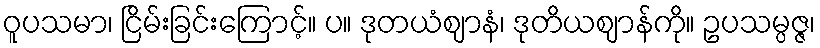
ဝူပသမာ၊ ငြိမ်းခြင်းကြောင့်။ ပ။ ဒုတယံဈာနံ၊ ဒုတိယဈာန်ကို။ ဥပသမ္ပဇ္ဇ၊